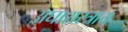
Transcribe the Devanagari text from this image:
अघारास्त्राय